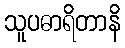
သူပဓာရိတာနိ